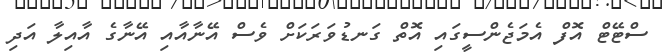
ސްޓޭޓް އޮފް އެމަޖެންސީގައި އޮތް ގަނޑުވަރަކަށް ވެސް އޭނާއާއި އޭނާގެ އާއިލާ އަދި